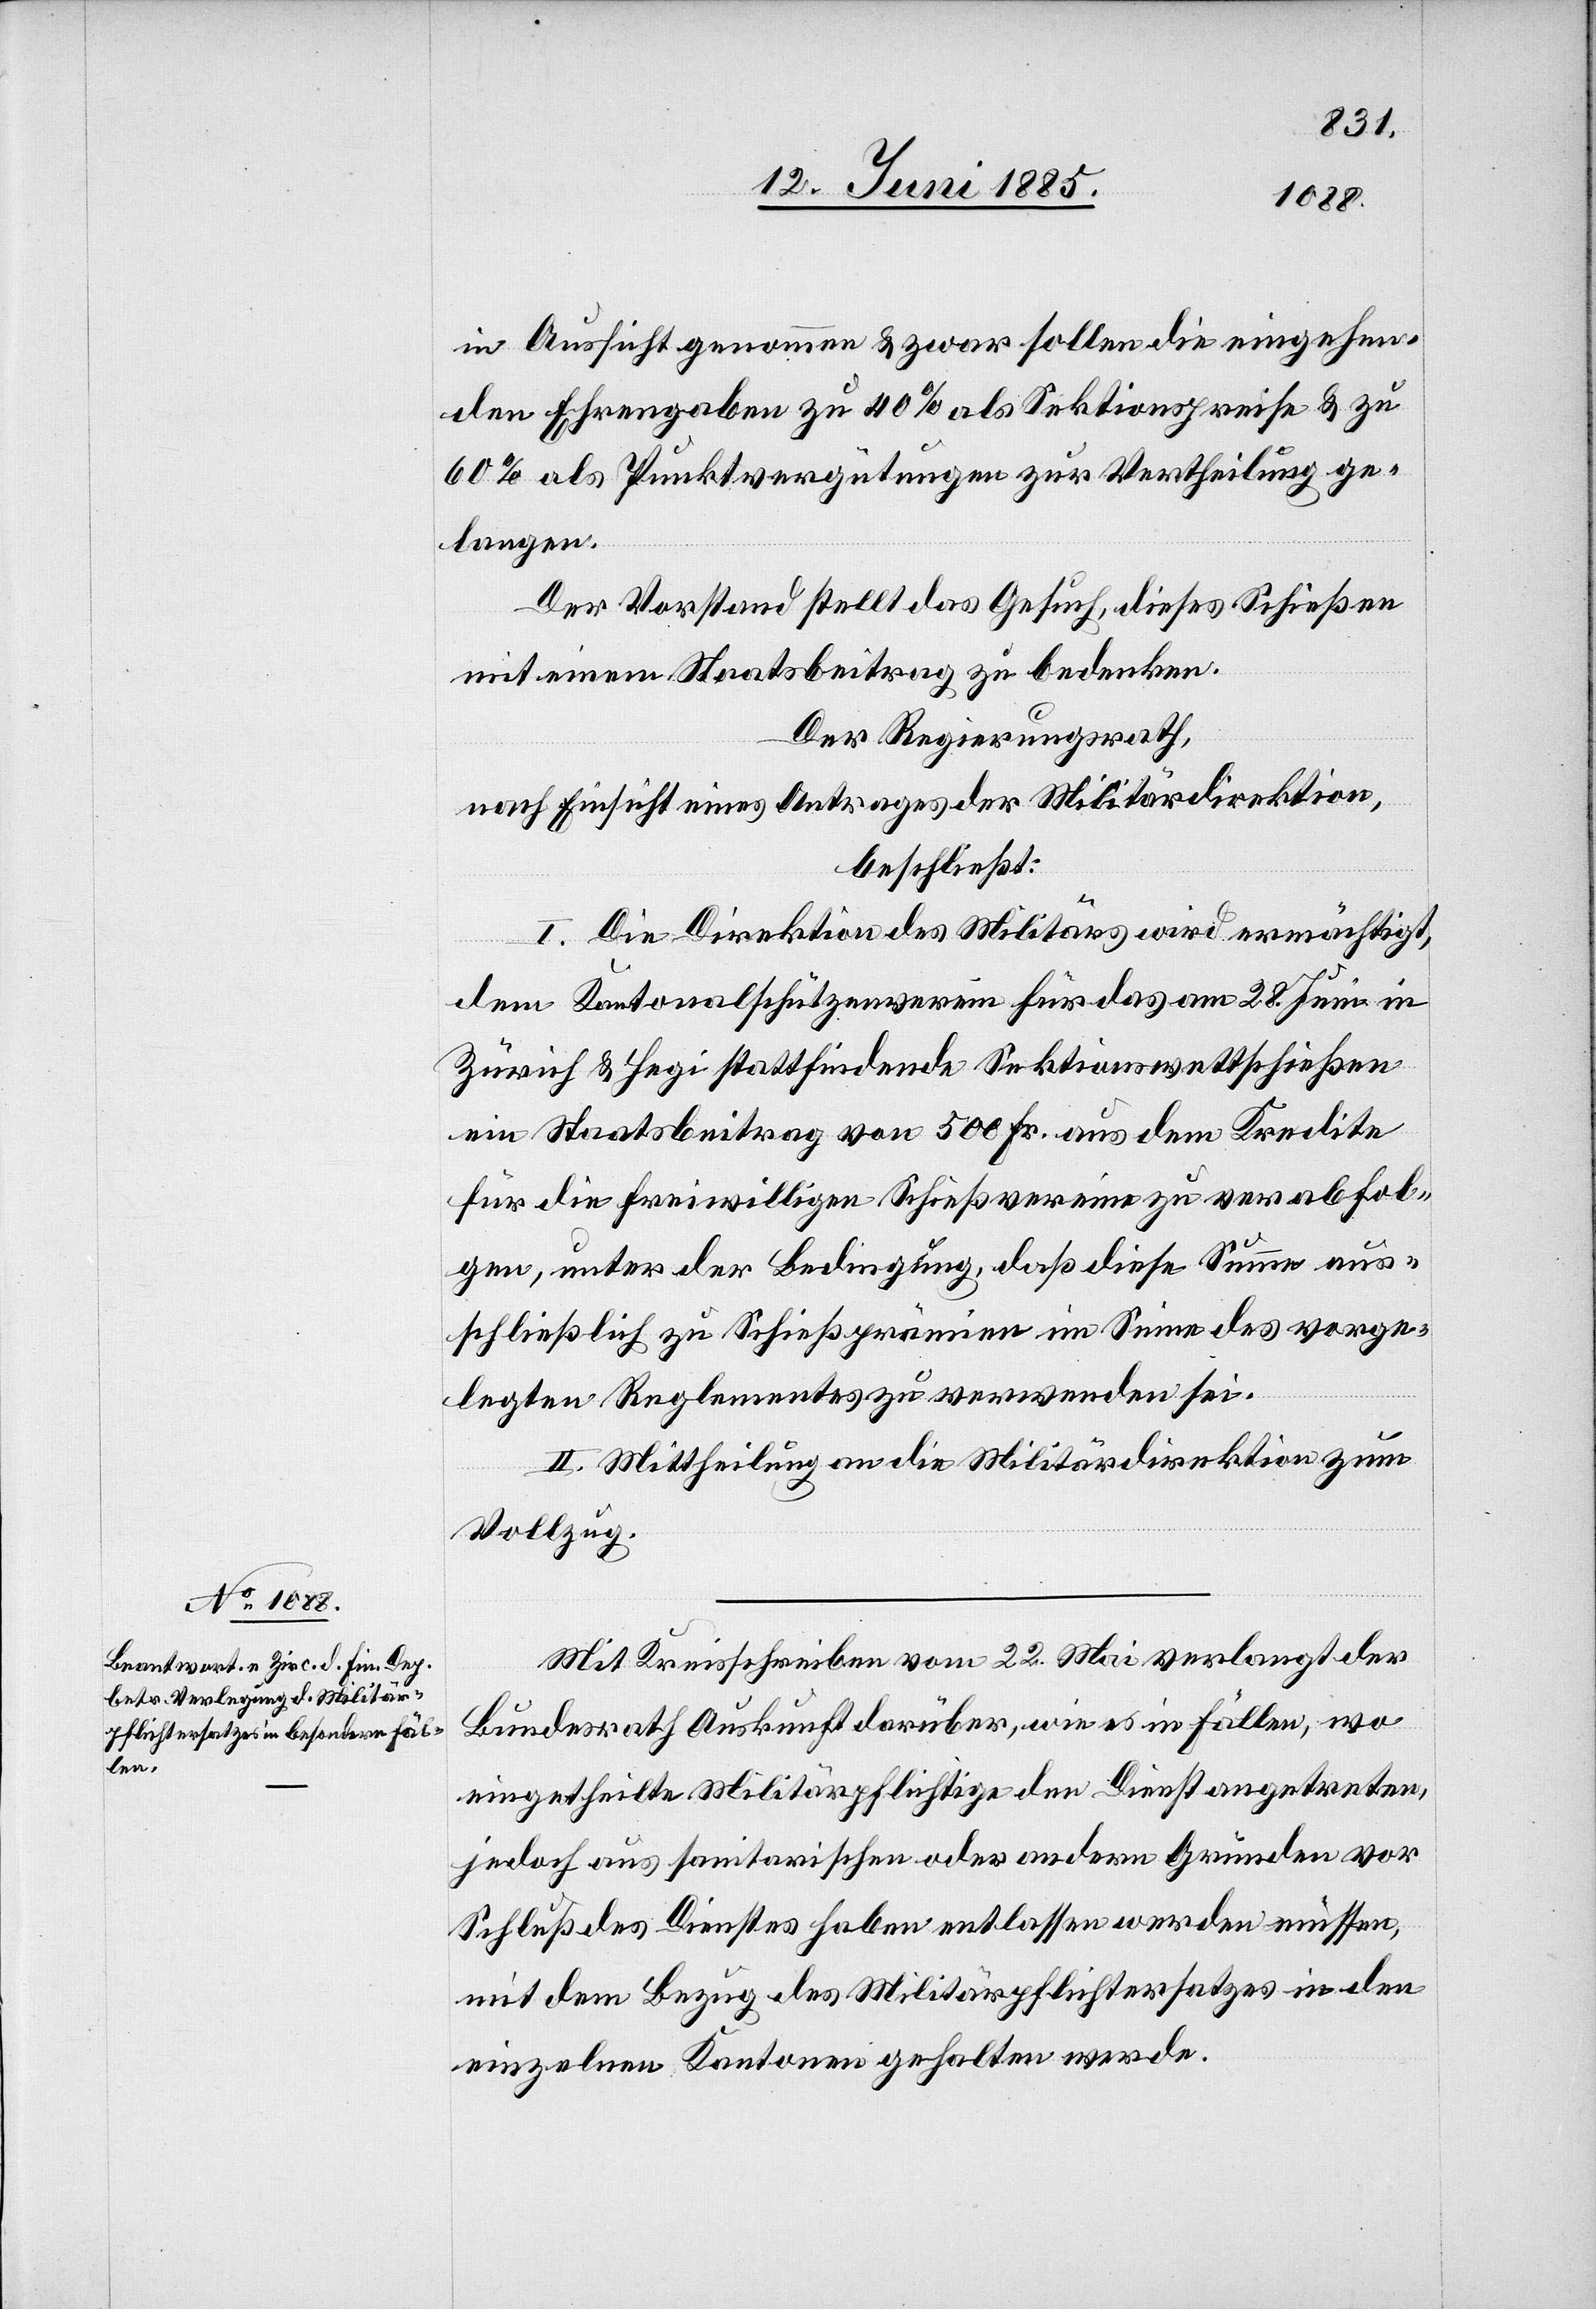
in Aussicht genommen & zwar sollen die eingehen¬
den Ehrengaben zu 40% als Sektionspreise & zu
60% als Punktvergütungen zur Vertheilung ge¬
langen.
Der Vorstand stellt das Gesuch, dieses Schießen
mit einem Staatsbeitrag zu bedecken.
Der Regierungsrath,
nach Einsicht eines Antrages der Militärdirektion,
beschließt:
I. Die Direktion des Militärs wird ermächtigt,
dem Kantonalschützenverein für das am 28. Juni in
Zürich & Hegi stattfindende Sektionswettschießen
ein Staatsbeitrag von 500 Fr. aus dem Kredite
für die freiwilligen Schießvereine zu verabfol¬
gen, unter der Bedingung, daß diese Summe aus¬
schließlich zu Schießprämien im Sinne des vorge¬
legten Reglementes zu verwenden sei.
II. Mittheilung an die Militärdirektion zum
Vollzug.
Mit Kreisschreiben vom 22. Mai verlangt der
Bundesrath Auskunft darüber, wie es in Fällen, wo
eingetheilte Militärpflichtige den Dienst angetreten,
jedoch aus sanitarischen oder andern Gründen vor
Schluß des Dienstes haben entlassen werden müssen,
mit dem Bezug des Militärpflichtersatzes in den
einzelnen Kantonen gehalten werde.